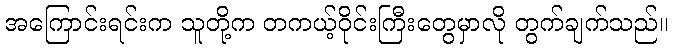
အကြောင်းရင်းက သူတို့က တကယ့်ဝိုင်းကြီးတွေမှာလို တွက်ချက်သည်။